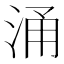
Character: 涌